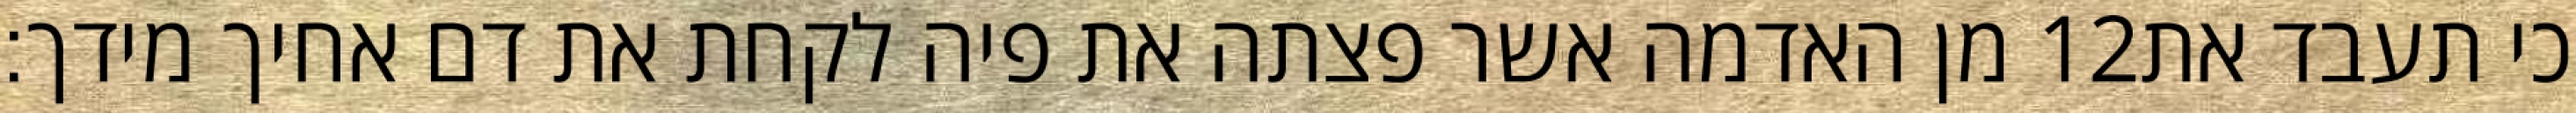
מן האדמה אשר פצתה את פיה לקחת את דם אחיך מידך׃ ‎12‏ כי תעבד את